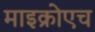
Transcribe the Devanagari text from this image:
माइक्रोएच